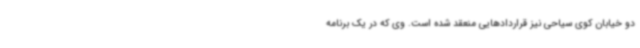
دو خیابان کوی سیاحی نیز قراردادهایی منعقد شده است. وی که در یک برنامه